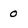
Character: 0